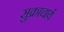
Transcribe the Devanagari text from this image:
सुक्राचार्य